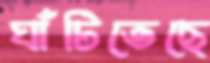
ঘাঁটিতেছে